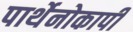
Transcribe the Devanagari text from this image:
पार्थेनोकार्पी